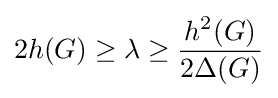
2h(G)\geq \lambda \geq {\frac {h^{2}(G)}{2\Delta (G)}}